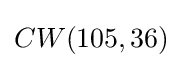
CW(105,36)